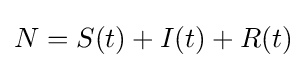
N=S(t)+I(t)+R(t)